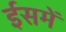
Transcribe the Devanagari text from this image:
ईसमें